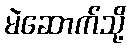
မဲဆောက်သို့